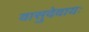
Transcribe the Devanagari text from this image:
वासुदेवायः